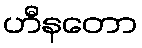
ဟီနတော